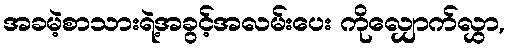
အခမဲ့စာသားရဲ့အခွင့်အလမ်းပေး ကိုလျှောက်လွှာ,